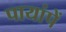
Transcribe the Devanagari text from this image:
पायांपें